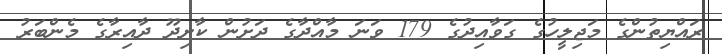
ރައްޔިތުންގެ މަޖިލީހުގެ ގަވާއިދުގެ 179 ވަނަ މާއްދާގެ ދަށުން ކާށިދޫ ދާއިރާގެ މެންބަރު